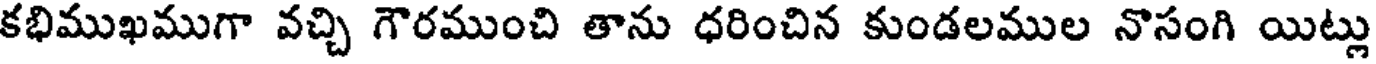
కభిముఖముగా వచ్చి గౌరముంచి తాను ధరించిన కుండలముల నొసంగి యిట్లు